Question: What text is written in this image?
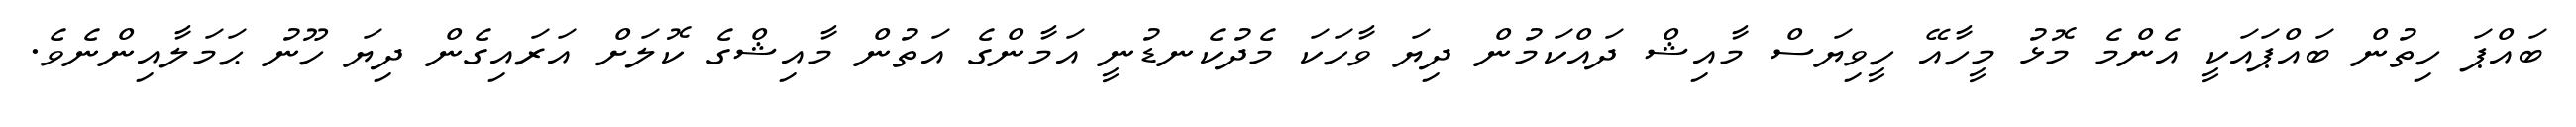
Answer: ބައްޕަ ހިތުން ބައްޕައަކީ އެންމެ މޮޅު މީހާއޭ ހީވިޔަސް މާއިޝް ދައްކަމުން ދިޔަ ވާހަކަ މެދުކެނޑުނީ އަމާންގެ އަތުން މާއިޝްގެ ކޮލަށް އަރައިގެން ދިޔަ ހޫނު ޙަމަލާއިންނެވެ.